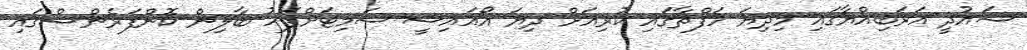
ސައުދީ އަރަބިއްޔާގައި މިދިޔަ ހަފްތާގައި ކުރިއަށް ދިޔަ އޯއައިސީ ސަމިޓަށްފަހު ބާލިން ކޮންފަރެންސްގައި